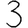
Digit: 3